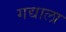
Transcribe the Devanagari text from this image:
गद्याला